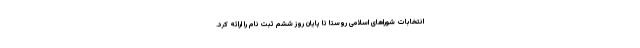
انتخابات شوراهای اسلامی روستا تا پایان روز ششم ثبت نام را ارائه کرد.